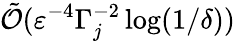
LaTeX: \tilde{\mathcal{O}}(\varepsilon^{-4}\Gamma_{j}^{-2}\log(1/\delta))